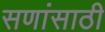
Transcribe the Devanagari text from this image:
सणांसाठी